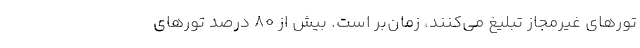
تورهای غیرمجاز تبلیغ می‌کنند، زمان‌بر است. بیش از ۸۰ درصد تورهای